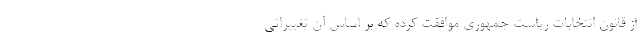
از قانون انتخابات ریاست جمهوری موافقت کرده که بر اساس آن تغییراتی